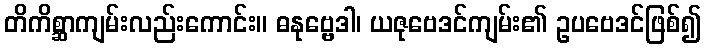
တိကိစ္ဆာကျမ်းလည်းကောင်း။ ဓနုဗ္ဗေဒါ၊ ယဇုဗေဒင်ကျမ်း၏ ဥပဗေဒင်ဖြစ်၍